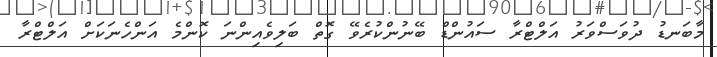
މާބަނޑު ދުވަސްވަރު އަލްޓްރާ ސައުންޑް ބޭނުންކުރެވޭ ގޮތް ބަލިވެއިންނަ ކޮންމެ އަންހެނަކަށް އަލްޓްރާ